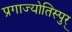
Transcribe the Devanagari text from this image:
प्रगाज्योतिस्पुर्